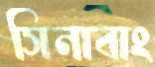
সিনাবাং